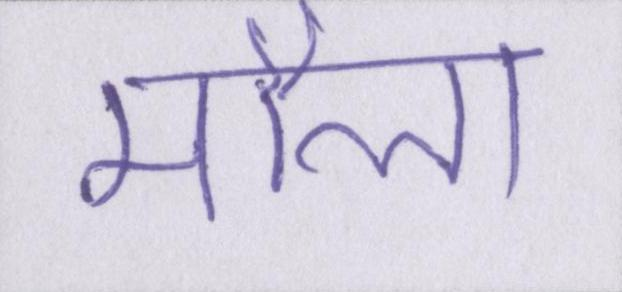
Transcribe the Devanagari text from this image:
मौला